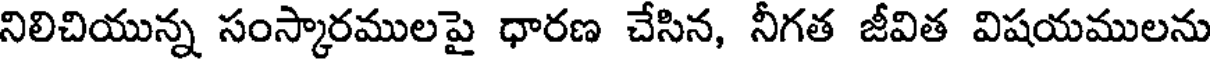
నిలిచియున్న సంస్కారములపై ధారణ చేసిన, నీగత జీవిత విషయములను